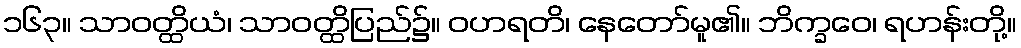
၁၆၃။ သာဝတ္ထိယံ၊ သာဝတ္ထိပြည်၌။ ဝဟရတိ၊ နေတော်မူ၏။ ဘိက္ခဝေ၊ ရဟန်းတို့။